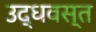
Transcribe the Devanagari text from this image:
उद्धवस्त